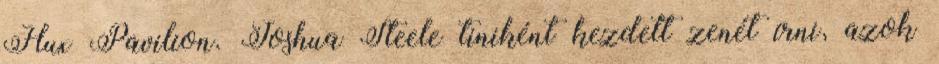
Flux Pavilion. Joshua Steele tiniként kezdett zenét írni, azok